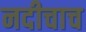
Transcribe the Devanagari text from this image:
नदीचाच